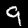
Label: 9